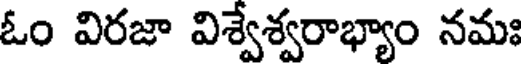
ఓం విరజా విశ్వేశ్వరాభ్యాం నమః